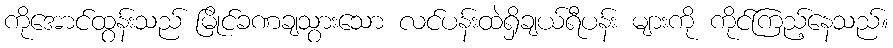
ကိုအောင်ထွန်းသည် မြိုင်ခဏချသွားသော လင်ပန်းထဲရှိချယ်ရီပန်း များကို ကိုင်ကြည့်နေသည်။